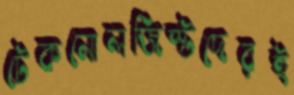
টেকনোলজিস্টদেরই